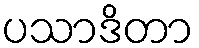
ပသာဒိတာ